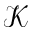
\mathcal { K }